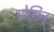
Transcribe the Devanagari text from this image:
योगिन्